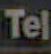
Tel